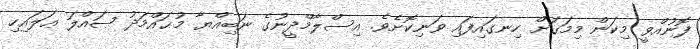
ފޮނުއްވީ މިކަން މިމަގަށް ހިނގައިފައި ވަނިކޮށެވެ. އިސްލާމްދީނުގެ ނަބިއްޔާ މުޙައްމަދު ޞައްލަ ޢަލައިހި